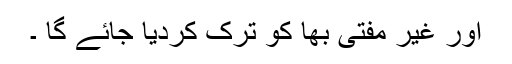
اور غیر مفتٰی بھا کو ترک کردیا جائے گا ۔